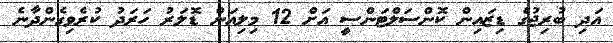
އަދި ބުރިޖުގެ ޑިޒައިން ކޮންސަލްޓަންސީ އަށް 12 މިލިއަން ޑޮލަރު ހަރަދު ކުރެވިގެންދާނެ